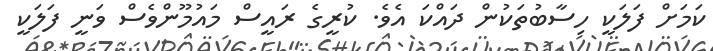
ކަމަށް ފަލަކީ ހިސާބުތަކުން ދައްކަ އެވެ. ކުރީގެ ރައީސް މައުމޫންވެސް ވަނީ ފަލަކީ